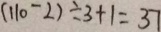
( 1 1 0 - 2 ) \div 3 + 1 = 3 7